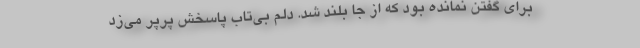
برای گفتن نمانده بود که از جا بلند شد. دلم بی‌تاب پاسخش پَرپَر می‌زد